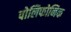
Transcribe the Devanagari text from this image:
पोलिफोनिक